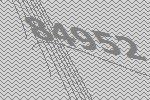
84952